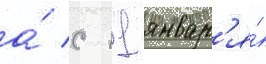
а́ с 11 январ'я́